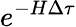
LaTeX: e^{-H\Delta\tau}